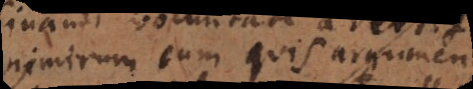
nimirum cum quis argumen